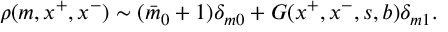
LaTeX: \rho ( m , x ^ { + } , x ^ { - } ) \sim ( \bar { m } _ { 0 } + 1 ) \delta _ { m 0 } + G ( x ^ { + } , x ^ { - } , s , b ) \delta _ { m 1 } .